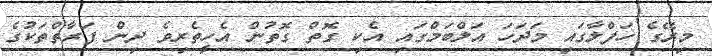
މިރޭގެ ހަފްލާގައި މަދަހަ އަލްބަމްގައި އެކި ގޮތް ގޮތުން އެހީތެރިވެ ދިން ފަރާތްތަކުގެ